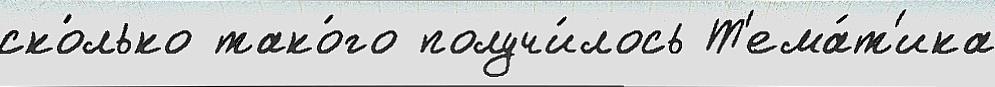
ско́лько тако́го получи́лось Т'ема́т'ика